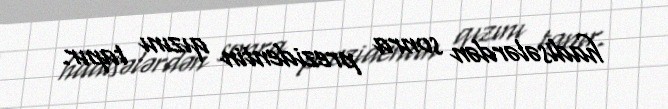
hadisələrdən sonra prezidentin qızını tapır.